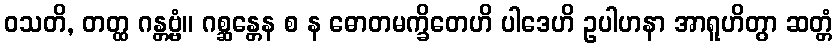
ဝသတိ, တတ္ထ ဂန္တဗ္ဗံ။ ဂစ္ဆန္တေန စ န ဓောတမက္ခိတေဟိ ပါဒေဟိ ဥပါဟနာ အာရူဟိတွာ ဆတ္တံ